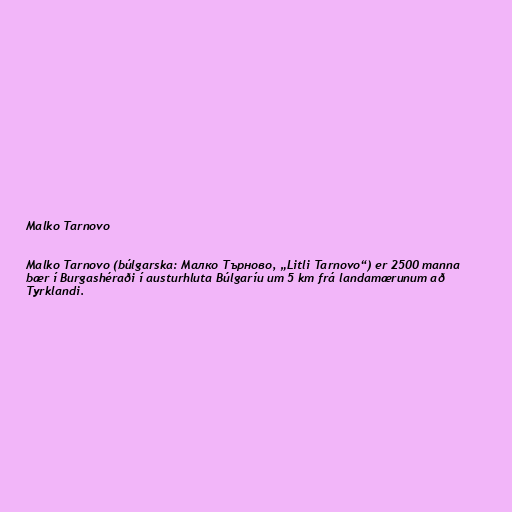
Malko Tarnovo

Malko Tarnovo (búlgarska: Малко Търново, „Litli Tarnovo“) er 2500 manna
bær í Burgashéraði í austurhluta Búlgaríu um 5 km frá landamærunum að
Tyrklandi.